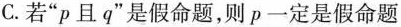
C.若”p且q”是假命题，则p一定是假命题